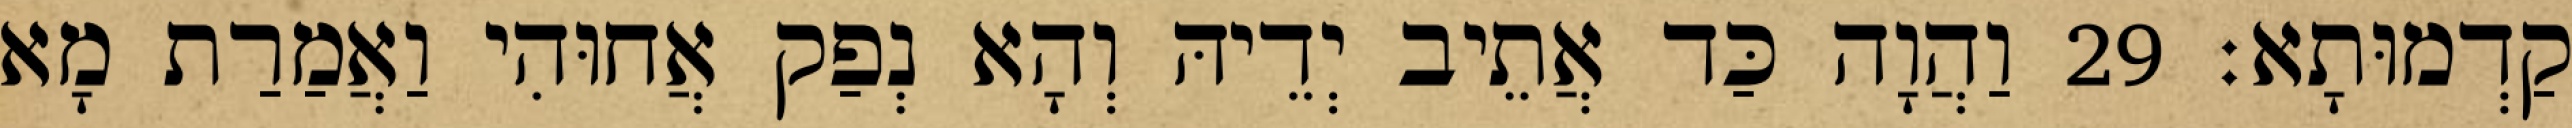
קַדְמוּתָא׃ 29 וַהֲוָה כַּד אֲתֵיב יְדֵיהּ וְהָא נְפַק אֲחוּהִי וַאֲמַרַת מָא